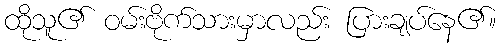
ထိုသူ၏ ဝမ်းဗိုက်သားမှာလည်း ပြားချပ်နေ၏။